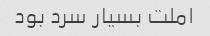
املت بسیار سرد بود